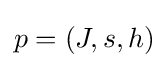
p=(J,s,h)